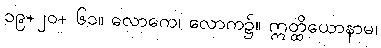
၁၉+၂၀+ ၆၁။ လောကေ၊ လောက၌။ ဣတ္ထိယောနာမ၊